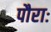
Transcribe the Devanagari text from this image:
पौराः